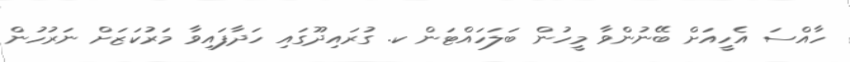
ހާއްސަ އެހީއަށް ބޭނުންވާ މީހުން ބަލަަހައްޓަން ކ. ގުރައިދޫގައި ހަދާފައިވާ މަރުކަޒަށް ނަރުހުން